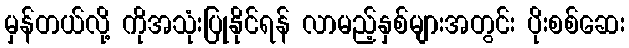
မှန်တယ်လို့ ကိုအသုံးပြုနိုင်ရန် လာမည့်နှစ်များအတွင်း ပိုးစစ်ဆေး